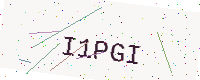
Text: I1PGI